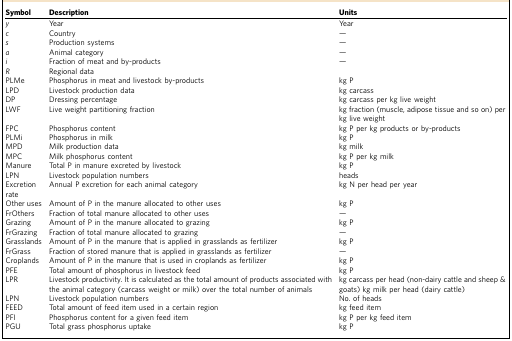
| Symbol | Description | Units |
 | --- | --- | --- |
 | y | Year | Year |
 | c | Country | — |
 | s | Production systems | — |
 | a | Animal category | — |
 | i | Fraction of meat and by-products | — |
 | R | Regional data |  |
 | PLMe | Phosphorus in meat and livestock by-products | kg P |
 | LPD | Livestock production data | kg carcass |
 | DP | Dressing percentage | kg carcass per kg live weight |
 | LWF | Live weight partitioning fraction | kg fraction (muscle, adipose tissue and so on) per kg live weight |
 | FPC | Phosphorus content | kg P per kg products or by-products |
 | PLMi | Phosphorus in milk | kg P |
 | MPD | Milk production data | kg milk |
 | MPC | Milk phosphorus content | kg P per kg milk |
 | Manure | Total P in manure excreted by livestock | kg P |
 | LPN | Livestock population numbers | heads |
 | Excretion rate | Annual P excretion for each animal category | kg N per head per year |
 | Other uses | Amount of P in the manure allocated to other uses | kg P |
 | FrOthers | Fraction of total manure allocated to other uses | — |
 | Grazing | Amount of P in the manure allocated to grazing | kg P |
 | FrGrazing | Fraction of total manure allocated to grazing | — |
 | Grasslands | Amount of P in the manure that is applied in grasslands as fertilizer | kg P |
 | FrGrass | Fraction of stored manure that is applied in grasslands as fertilizer | — |
 | Croplands | Amount of P in the manure that is used in croplands as fertilizer | kg P |
 | PFE | Total amount of phosphorus in livestock feed | kg P |
 | LPR | Livestock productivity. It is calculated as the total amount of products associated with the animal category (carcass weight or milk) over the total number of animals | kg carcass per head (non-dairy cattle and sheep & goats) kg milk per head (dairy cattle) |
 | LPN | Livestock population numbers | No. of heads |
 | FEED | Total amount of feed item used in a certain region | kg feed item |
 | PFI | Phosphorus content for a given feed item | kg P per kg feed item |
 | PGU | Total grass phosphorus uptake | kg P |